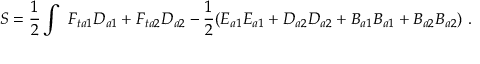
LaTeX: S = \frac { 1 } { 2 } \int \ F _ { t a 1 } D _ { a 1 } + F _ { t a 2 } D _ { a 2 } - \frac { 1 } { 2 } ( E _ { a 1 } E _ { a 1 } + D _ { a 2 } D _ { a 2 } + B _ { a 1 } B _ { a 1 } + B _ { a 2 } B _ { a 2 } ) \ .